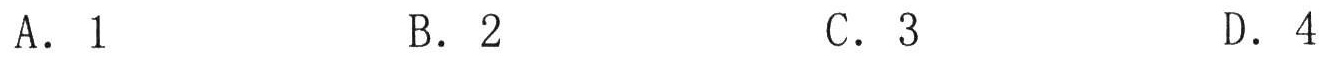
A. \(1\)  B. \(2\)  C. \(3\)  D. \(4\)